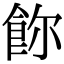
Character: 𩚸